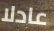
عادلا